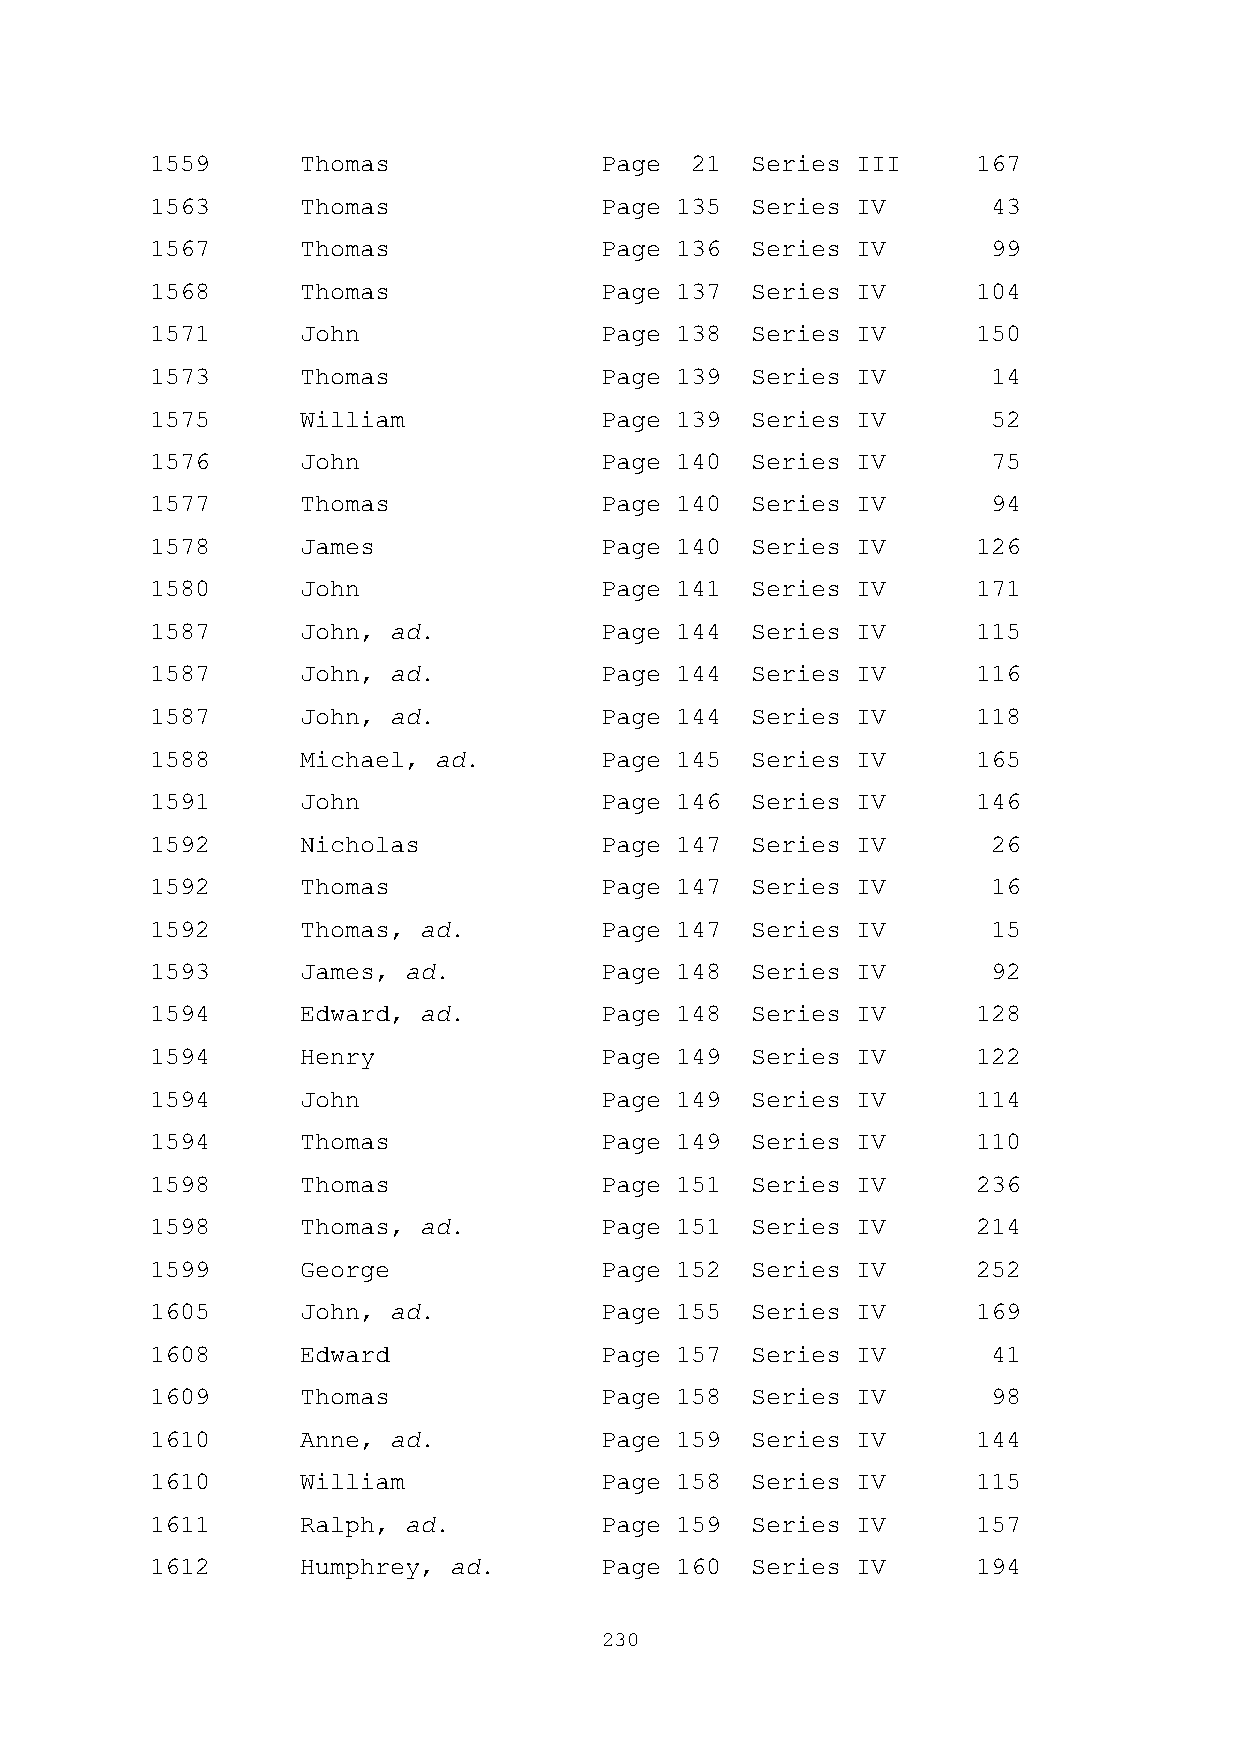
1559      Thomas              Page  21  Series III     167
 1563      Thomas              Page 135  Series IV       43
 1567      Thomas              Page 136  Series IV       99
 1568      Thomas              Page 137  Series IV      104
 1571      John                Page 138  Series IV      150
 1573      Thomas              Page 139  Series IV       14
 1575      William             Page 139  Series IV       52
 1576      John                Page 140  Series IV       75
 1577      Thomas              Page 140  Series IV       94
 1578      James               Page 140  Series IV      126
 1580      John                Page 141  Series IV      171
 1587      John, ad.           Page 144  Series IV      115
 1587      John, ad.           Page 144  Series IV      116
 1587      John, ad.           Page 144  Series IV      118
 1588      Michael, ad.        Page 145  Series IV      165
 1591      John                Page 146  Series IV      146
 1592      Nicholas            Page 147  Series IV       26
 1592      Thomas              Page 147  Series IV       16
 1592      Thomas, ad.         Page 147  Series IV       15
 1593      James, ad.          Page 148  Series IV       92
 1594      Edward, ad.         Page 148  Series IV      128
 1594      Henry               Page 149  Series IV      122
 1594      John                Page 149  Series IV      114
 1594      Thomas              Page 149  Series IV      110
 1598      Thomas              Page 151  Series IV      236
 1598      Thomas, ad.         Page 151  Series IV      214
 1599      George              Page 152  Series IV      252
 1605      John, ad.           Page 155  Series IV      169
 1608      Edward              Page 157  Series IV       41
 1609      Thomas              Page 158  Series IV       98
 1610      Anne, ad.           Page 159  Series IV      144
 1610      William             Page 158  Series IV      115
 1611      Ralph, ad.          Page 159  Series IV      157
 1612      Humphrey, ad.       Page 160  Series IV      194
 230